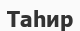
Таһир